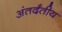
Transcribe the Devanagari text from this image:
अंतर्दंतीय